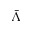
\bar { \Lambda }